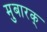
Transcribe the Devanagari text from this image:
मुबारक्